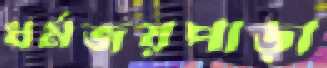
ধর্মজয়পাড়া